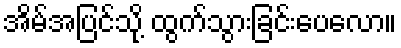
အိမ်အပြင်သို့ ထွက်သွားခြင်းပေလော။